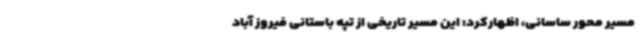
مسیر محور ساسانی، اظهارکرد: این مسیر تاریخی از تپه باستانی فیروز آباد